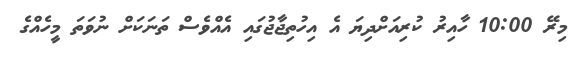
މިރޭ 10:00 ހާއިރު ކުރިއަށްދިޔަ އެ އިހުތިޖާޖުގައި އެއްވެސް ތަނަކަށް ނުވަތަ މީހެއްގެ